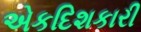
એકદિશકારી